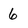
Character: 6